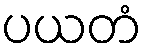
ပယတံ